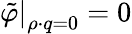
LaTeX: \left.\tilde{\varphi}\right|_{\rho\cdot q=0}=0